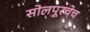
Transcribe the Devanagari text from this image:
सोलपूरचेच